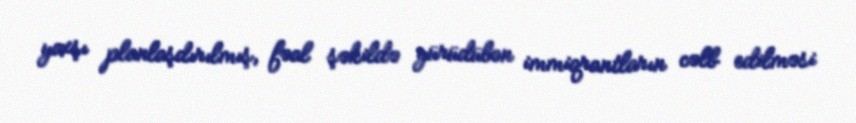
yaxşı planlaşdırılmış, fəal şəkildə yürüdülən immiqrantların cəlb edilməsi